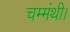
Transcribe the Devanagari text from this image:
चम्मंथी।